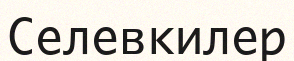
Селевкилер